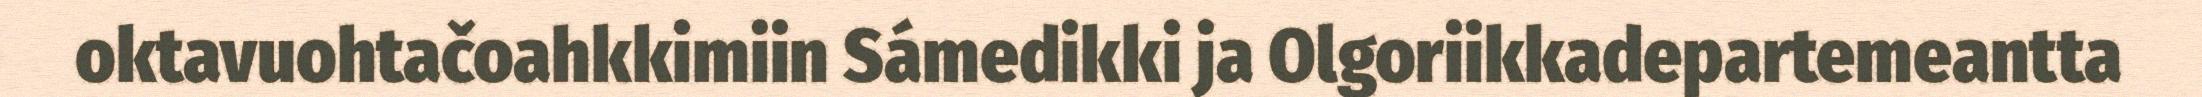
oktavuohtačoahkkimiin Sámedikki ja Olgoriikkadepartemeantta